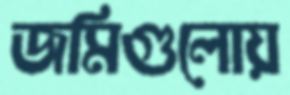
জমিগুলোয়